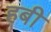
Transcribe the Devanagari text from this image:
हबी